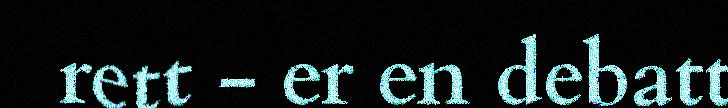
rett - er en debatt